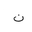
Letter: _non